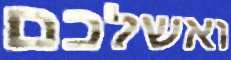
ואשלכם